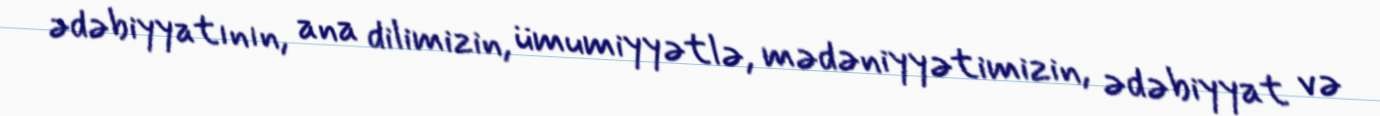
ədəbiyyatının, ana dilimizin, ümumiyyətlə, mədəniyyətimizin, ədəbiyyat və